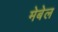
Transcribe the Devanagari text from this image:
मेबेल